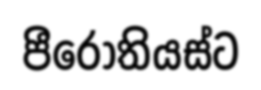
පීරෝතියස්ට